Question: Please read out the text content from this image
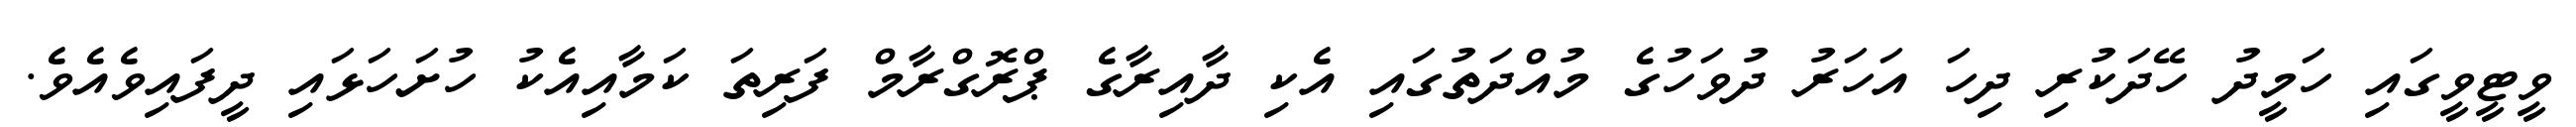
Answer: ވީޓީވީގައި ހަމީދު ހޭދަކުރި ދިހަ އަހަރު ދުވަހުގެ މުއްދަތުގައި އެކި ދާއިރާގެ ޕްރޮގްރާމް ފަރިތަ ކަމާއިއެކު ހުށަހަޅައި ދީފައިވެއެވެ.